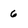
Character: 6